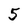
Character: 5